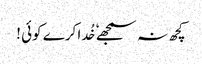
کچھ نہ سمجھے ٗ خُدا کرے کوئی !